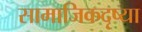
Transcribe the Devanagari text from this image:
सामाजिकदृष्या